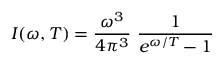
I ( \omega , T ) = { \frac { \omega ^ { 3 } } { 4 \pi ^ { 3 } } } ~ { \frac { 1 } { e ^ { \omega / T } - 1 } }